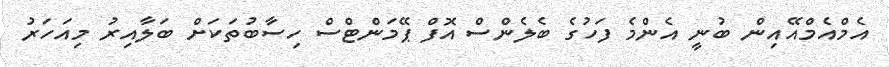
އެމްއެމްއޭއިން ބުނީ އެންމެ ފަހުގެ ބެލެންސް އޮފް ޕޭމަންްޓްސް ހިސާބުތަކަށް ބަލާއިރު މިއަހަރު